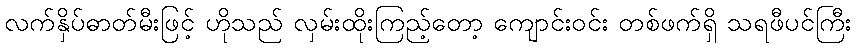
လက်နှိပ်ဓာတ်မီးဖြင့် ဟိုသည် လှမ်းထိုးကြည့်တော့ ကျောင်းဝင်း တစ်ဖက်ရှိ သရဖီပင်ကြီး